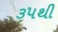
૩૫થી